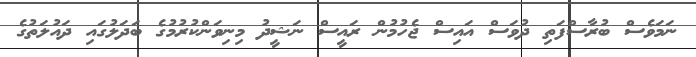
ނަމަވެސް ބުރާސްފަތި ދުވަސް އައިސް ޖެހުމުން ރައީސް ނަޝީދު މިނިވަންކުރުމުގެ ބަދަލުގައި ދައުލަތުގެ